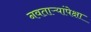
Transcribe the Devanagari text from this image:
नवताऱ्यांपेक्षा